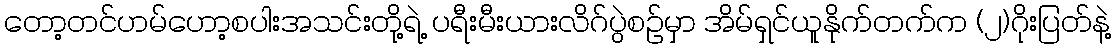
တော့တင်ဟမ်ဟော့စပါးအသင်းတို့ရဲ့ ပရီးမီးယားလိဂ်ပွဲစဉ်မှာ အိမ်ရှင်ယူနိုက်တက်က (၂)ဂိုးပြတ်နဲ့